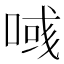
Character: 𠸹